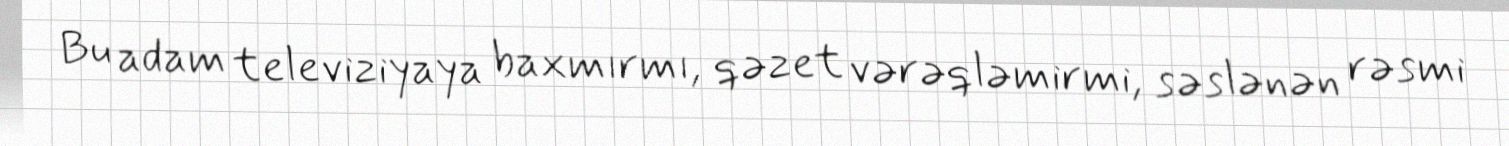
Bu adam televiziyaya baxmırmı, qəzet vərəqləmirmi, səslənən rəsmi